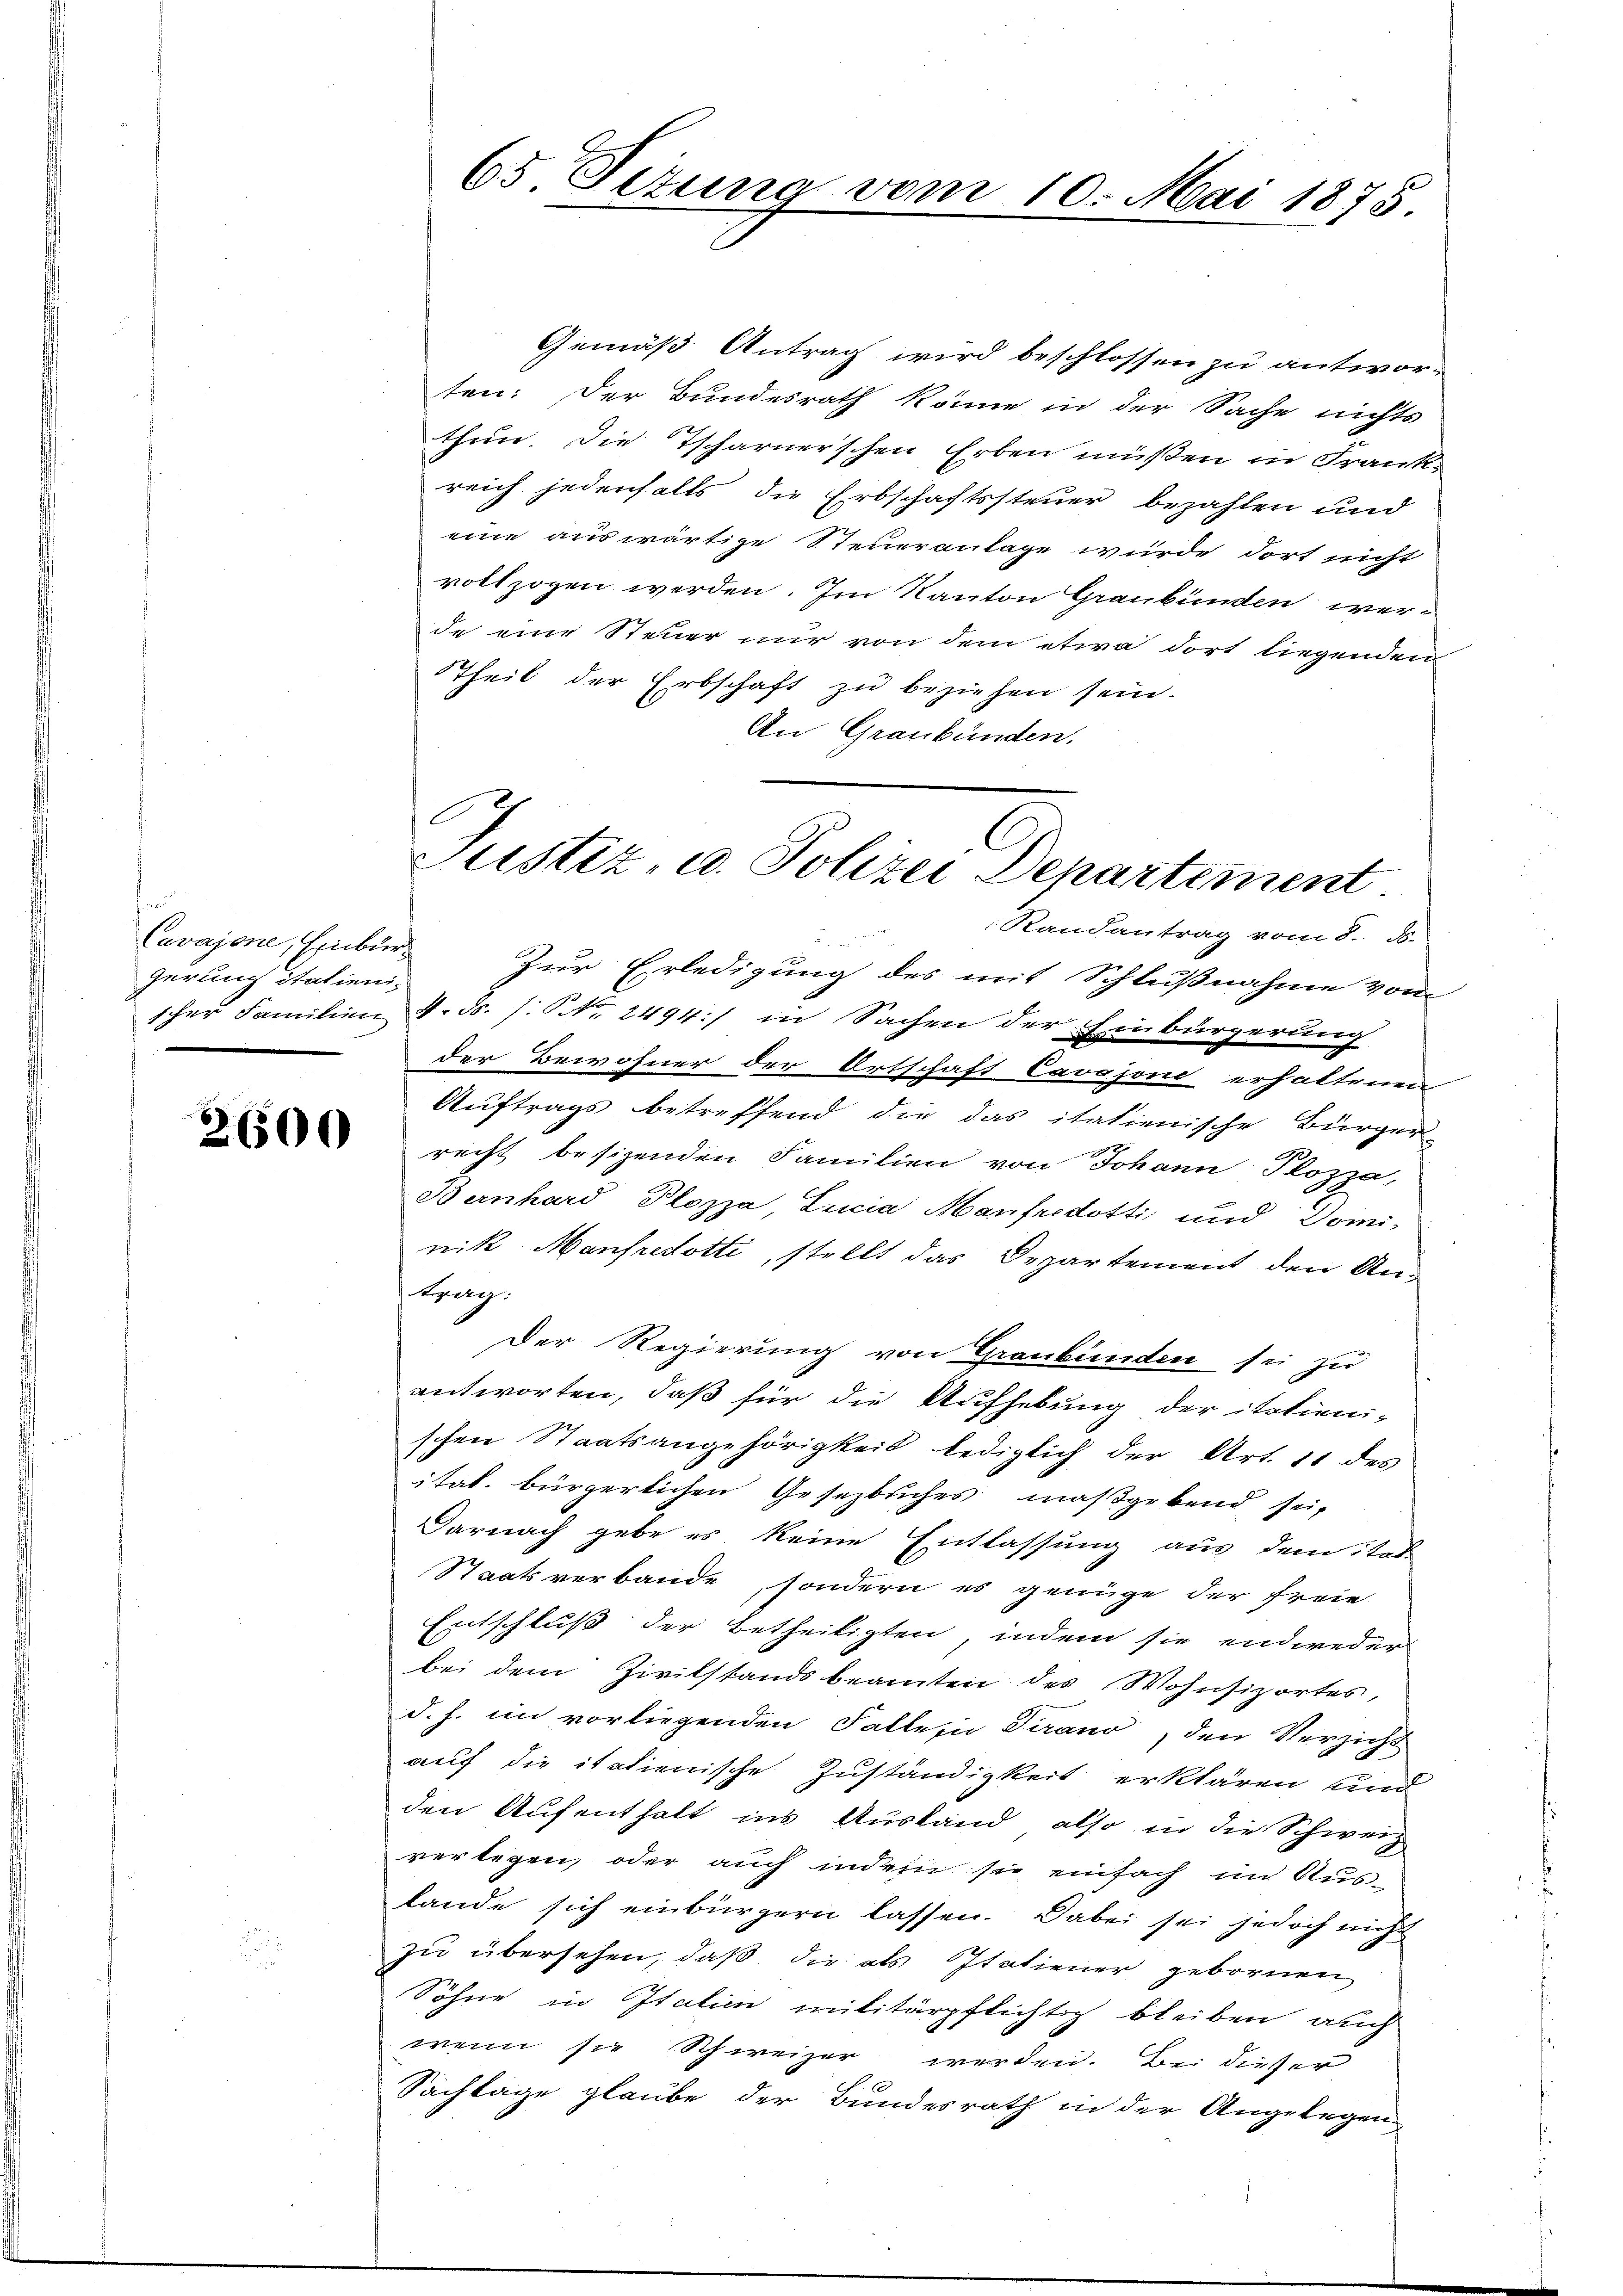
f
Cavajone, Einburg
Gerung italieni-

Gemäß Antrag wird beschlossen zu antworten: Der Bundesrath könne in der Sache nichts
thun. Die Tscharnerschen Erben müßen in Frankreich jedenfalls die Erbschaftssteuer bezahlen und
eine auswärtige Steueranlage wurde dort nicht
vollzogen werden. Im Kanton Graubünden werde eine Steuer nur von dem etwa dort liegenden
Theil der Erbschaft zu beziehen sein.
An Graubünden.

65 Fitung vom 10. Mai 1875

Justiz, u. Polizei Departement

Randantrag vom 8. d.

Zur Erledigung des mit Schlußnahme vom
scher Familien 4. ds. s. S. Nr. 2494:/ in Sachen der Einbürgerung
der Bewohner der Ortschaft Carojoni erhaltenen
Auftrags betreffend die das italienische Bürger-
 recht besizenden Familien von Johann Plazza
Bernhard Plozza, Lucia Manfredotti und Dominik Manfredotti, stellt das Departement den An-
pag:
Der Regierung von Graubünden sei zu
antworten, daß für die Aufhebung der italieni-
schen Staatsangehörigkeit lediglich der Art. 11 des
itat. bürgerlichen Gesezbuches maßgebend sei,
Darnach gebe es keine Entlassung aus dem Stad-
Staatsverbande, sondern es genüge der freie
Entschluß der Betheiligten, indem sie entweder
bei dem Zivilstandsbeamten des Wohnsizortes,
d. h. im vorliegenden Fallesia Tirano, den Versicht
auf die italienische Zuständigkeit erklären und
den Aufenthalt ins Ausland, also in die Schweiz
verlegen, oder auch indem sie einfach im Auslande sich einbürgern lassen. Dabei sei jedoch nicht
zu übersehen, daß die als Italiener gebornen
Söhne in Italien militärpflichtig bleiben auch
wenn sie Schweizer werden. Bei dieser
Sachlage glaube der Bundesrath in der Angelegen¬